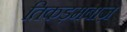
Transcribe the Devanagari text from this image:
तिकड़मबाज़